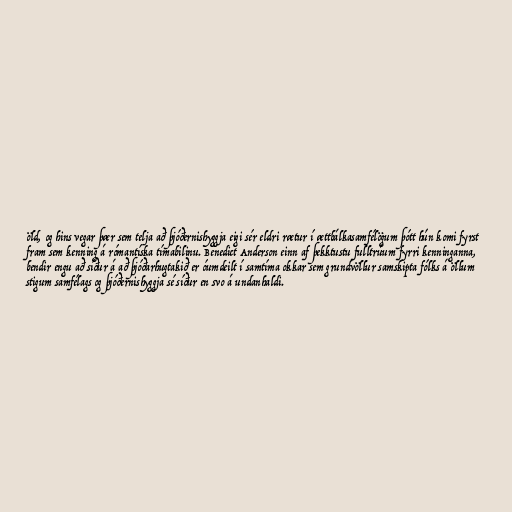
öld, og hins vegar þær sem telja að þjóðernishyggja eigi sér eldri rætur í ættbálkasamfélögum þótt hún komi fyrst
fram sem kenning á rómantíska tímabilinu. Benedict Anderson einn af þekktustu fulltrúum fyrri kenninganna,
bendir engu að síður á að þjóðarhugtakið er óumdeilt í samtíma okkar sem grundvöllur samskipta fólks á öllum
stigum samfélags og þjóðernishyggja sé síður en svo á undanhaldi.